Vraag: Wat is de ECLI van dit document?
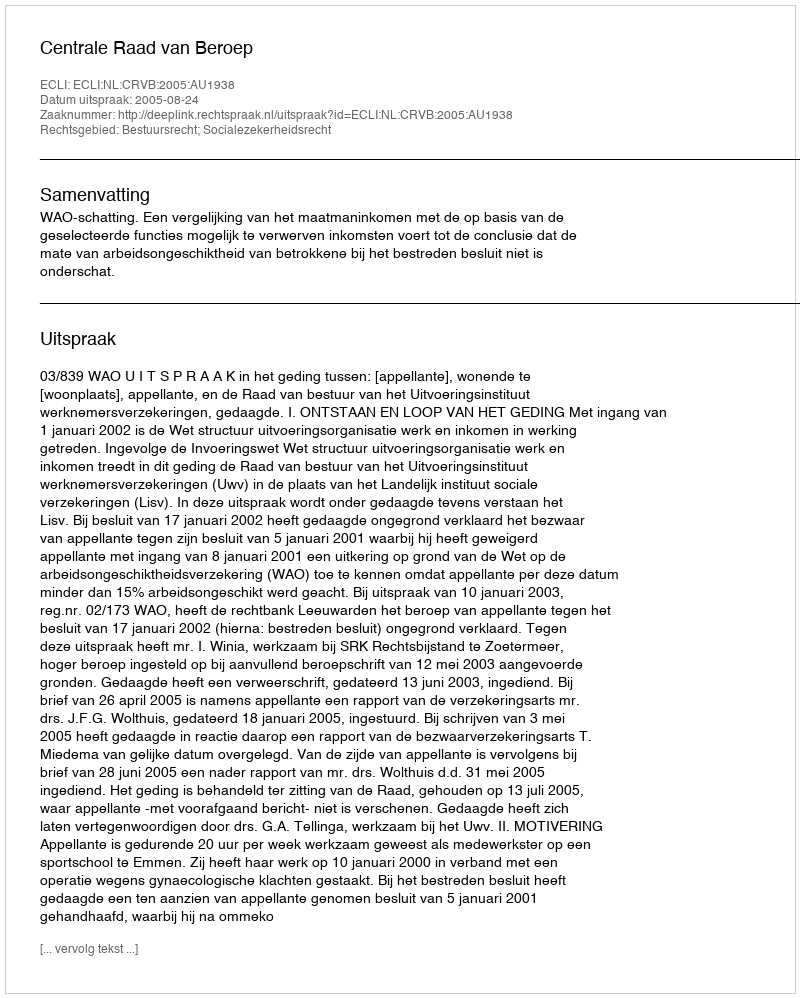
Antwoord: ECLI:NL:CRVB:2005:AU1938